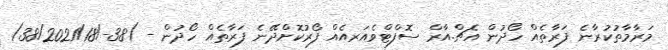
މަރާމާތުކުރާނެ ފަރާތެއް ހޯދުން އެޗް.އާރް ސޮފްޓްވެއަރއެއް ފޯރުކޮށްދޭނެ ފަރާތެއް ހޯދުން - )38-/38/2021/18)